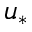
u _ { * }